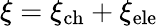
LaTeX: \xi=\xi_{\mathrm{ch}}+\xi_{\mathrm{ele}}